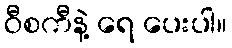
ဝီစကီနဲ့ ရေ ပေးပါ။